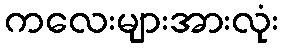
ကလေးများအားလုံး